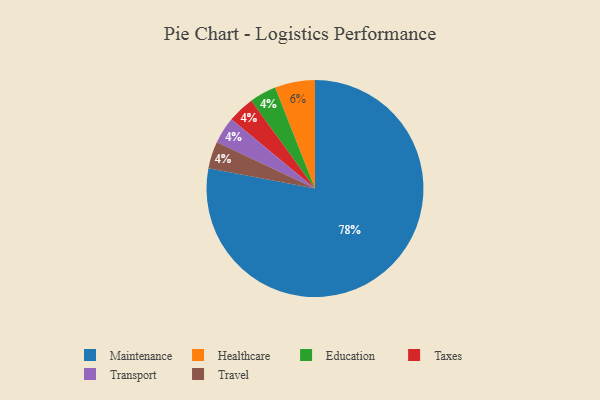
{"axis": {"x": "Category", "y": "Percentage"}, "legend": ["Education", "Healthcare", "Maintenance", "Taxes", "Transport", "Travel"], "data": [{"x": "Education", "y": 4, "type": "Education"}, {"x": "Maintenance", "y": 78, "type": "Maintenance"}, {"x": "Taxes", "y": 4, "type": "Taxes"}, {"x": "Healthcare", "y": 6, "type": "Healthcare"}, {"x": "Transport", "y": 4, "type": "Transport"}, {"x": "Travel", "y": 4, "type": "Travel"}]}